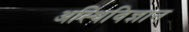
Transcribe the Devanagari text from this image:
अस्थिविज्ञान